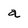
Character: a